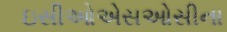
ઇસીઓએસઓસીના